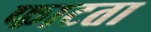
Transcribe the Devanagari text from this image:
फाटता